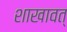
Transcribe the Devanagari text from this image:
शाखावत्